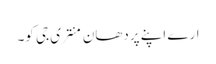
ارے اپنے پردھان منتری جی کو۔